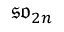
{ \mathfrak { s o } } _ { 2 n }